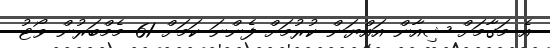
އެ މަގާމަށް ޝިއާން އައްޔަން ކުުރުމަށް ފެންނަ ކަމަށް 61 މެމްބަރުން ވޯޓު